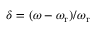
\delta = ( \omega - \omega _ { \mathrm { r } } ) / \omega _ { \mathrm { r } }